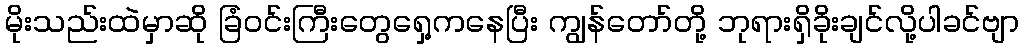
မိုးသည်းထဲမှာဆို ခြံဝင်းကြီးတွေရှေ့ကနေပြီး ကျွန်တော်တို့ ဘုရားရှိခိုးချင်လို့ပါခင်ဗျာ